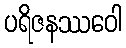
ပရိဇနဿဝေါ